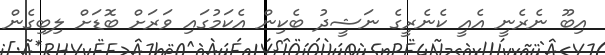
އިބޫ ނެރެނީ އެއީ ކެނެރީގެ ނަޝީދު ބެކިން އެކަމުގައި ވަރަށް ބޮޑަށް ލިބިގެން